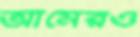
আমেরও